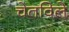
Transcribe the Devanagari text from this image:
चेतविले